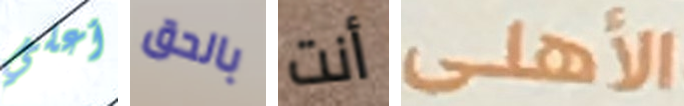
أعلي بالحق أنت الأهلى